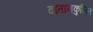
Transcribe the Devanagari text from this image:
वातानकुलित